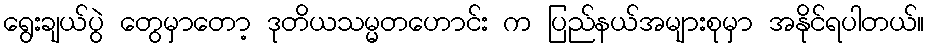
ရွေးချယ်ပွဲ တွေမှာတော့ ဒုတိယသမ္မတဟောင်း က ပြည်နယ်အများစုမှာ အနိုင်ရပါတယ်။